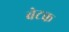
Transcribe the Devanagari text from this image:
बेटक